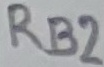
Text: RB2